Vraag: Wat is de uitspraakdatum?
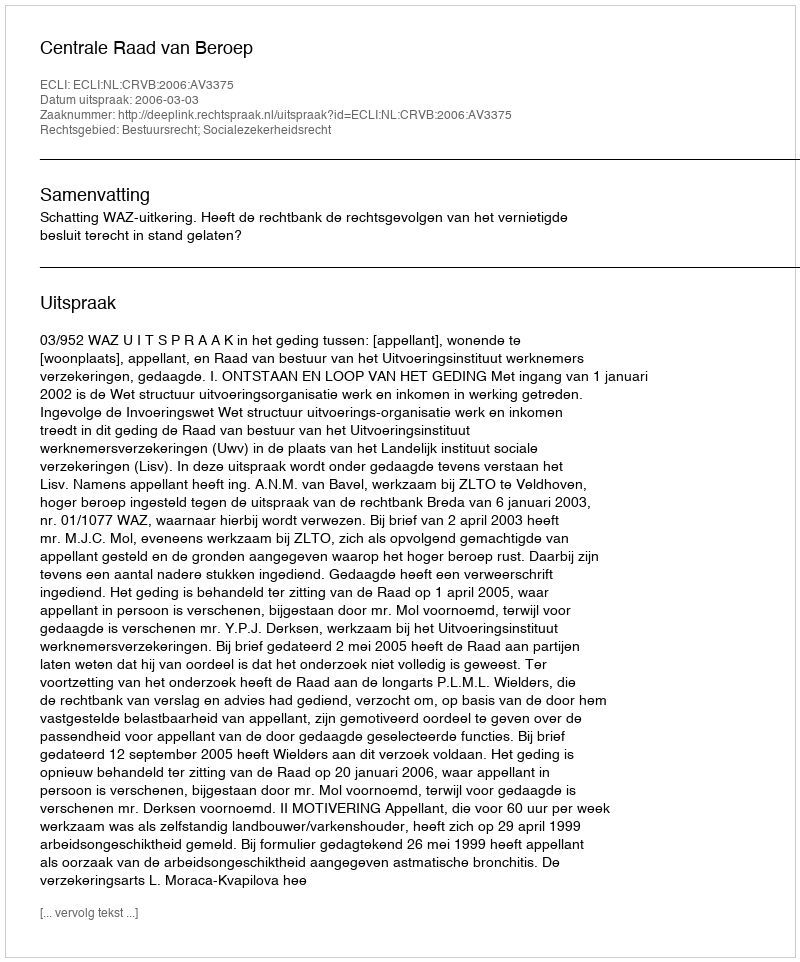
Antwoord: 2006-03-03